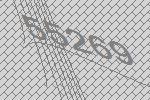
55269